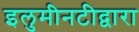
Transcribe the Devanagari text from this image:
इलुमीनटीद्वारा